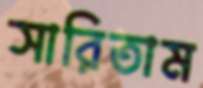
সারিতাম